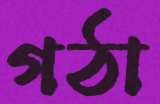
গঠা